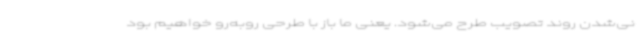
نی‌شدن روند تصویب طرح می‌شود. یعنی ما باز با طرحی روبه‌رو خواهیم بود